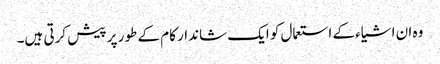
وہ ان اشیاء کے استعمال کو ایک شاندار کام کے طور پر پیش کرتی ہیں۔